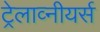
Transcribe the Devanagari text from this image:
ट्रेलाव्नीयर्स